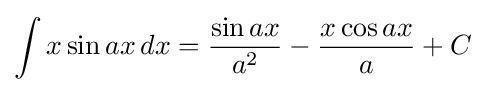
\int x\sin ax\,dx={\frac {\sin ax}{a^{2}}}-{\frac {x\cos ax}{a}}+C